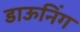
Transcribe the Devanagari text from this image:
डाऊनिंग